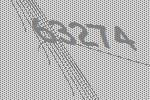
63274